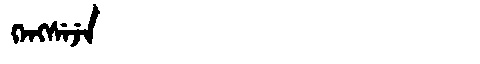
Manchu: ᡴᡝᠩᠰᡝᠵᡝ
Romanization: KENGSEJE